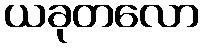
ယခုတလော